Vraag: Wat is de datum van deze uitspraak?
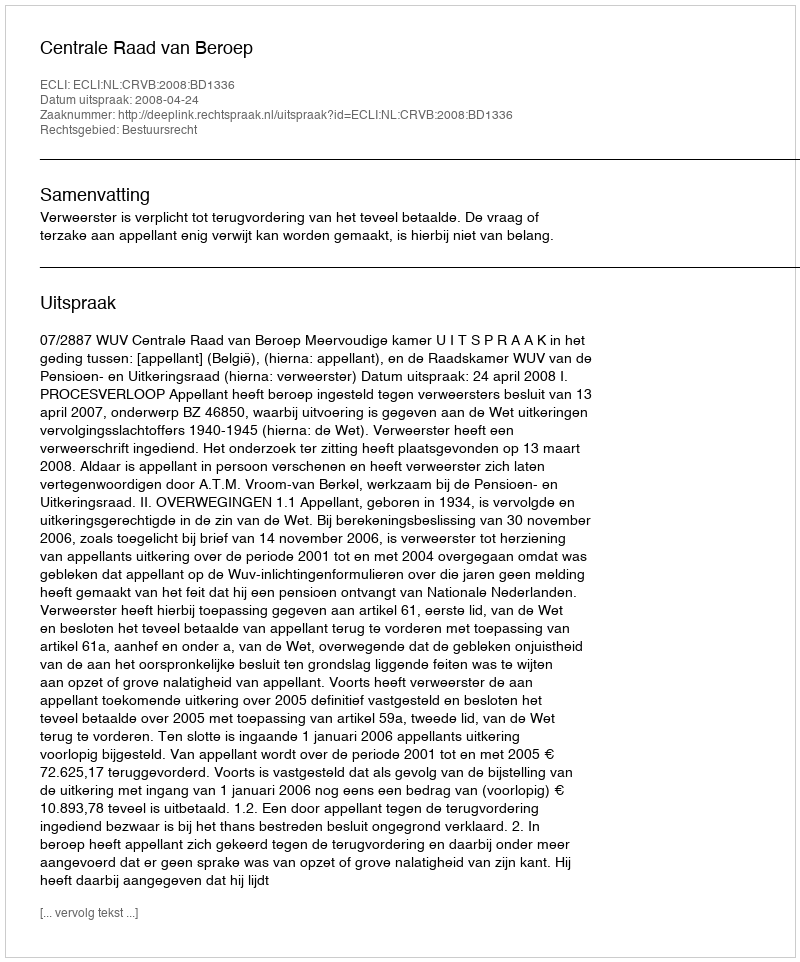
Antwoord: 2008-04-24